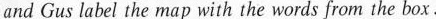
and Gus label the map with the words from the box.